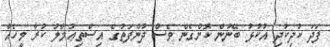
ފަދަ ކުދިކުދި އުކުޅު ބޭނުން ކޮށްގެން ވެސް ދުންފަތުގެ އިސްތިޢުމާލު ކުރާ މީހެއް